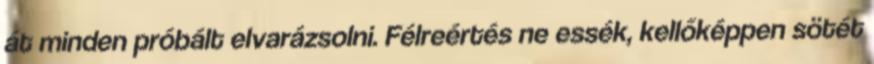
át minden próbált elvarázsolni. Félreértés ne essék, kellőképpen sötét